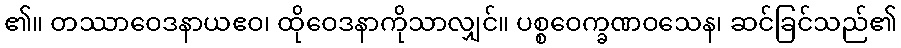
၏။ တဿာဝေဒနာယဧဝ၊ ထိုဝေဒနာကိုသာလျှင်။ ပစ္စဝေက္ခဏဝသေန၊ ဆင်ခြင်သည်၏